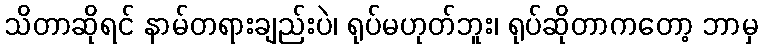
သိတာဆိုရင် နာမ်တရားချည်းပဲ၊ ရုပ်မဟုတ်ဘူး၊ ရုပ်ဆိုတာကတော့ ဘာမှ